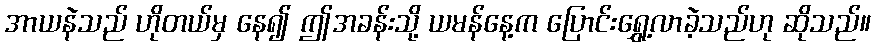
အာယနဲသည် ဟိုတယ်မှ နေ၍ ဤအခန်းသို့ ယမန်နေ့က ပြောင်းရွှေ့လာခဲ့သည်ဟု ဆိုသည်။